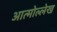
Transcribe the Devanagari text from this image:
आत्मोल्लेख